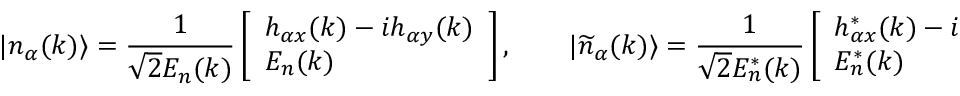
| n _ { \alpha } ( k ) \rangle = \frac { 1 } { \sqrt { 2 } E _ { n } ( k ) } \left[ \begin{array} { l } { h _ { \alpha x } ( k ) - i h _ { \alpha y } ( k ) } \\ { E _ { n } ( k ) } \end{array} \right] , \qquad | \widetilde { n } _ { \alpha } ( k ) \rangle = \frac { 1 } { \sqrt { 2 } E _ { n } ^ { * } ( k ) } \left[ \begin{array} { l } { h _ { \alpha x } ^ { * } ( k ) - i h _ { \alpha y } ^ { * } ( k ) } \\ { E _ { n } ^ { * } ( k ) } \end{array} \right] ,